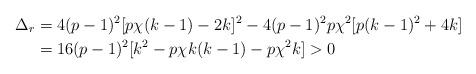
LaTeX: \begin{align*}\Delta_r&=4(p-1)^2[p\chi(k-1)-2k]^2-4(p-1)^2p\chi^2[p(k-1)^2+4k]\\&=16(p-1)^2[k^2-p\chi k(k-1)-p\chi^2k]>0\end{align*}